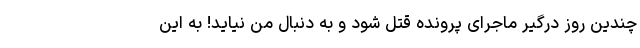
چندین روز درگیر ماجرای پرونده قتل شود و به دنبال من نیاید! به این